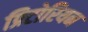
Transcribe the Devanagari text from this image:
प्रिटोरियन